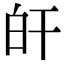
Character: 𤽂